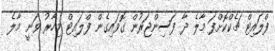
ފްލައިޓް ޗެކްކޮށްފަ މާލެ ދާ ފަސިންޖަރުން ގޮވައިގެން ފްލައިޓް މިހާރު ވަނީ މާލެ